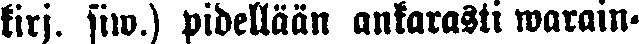
kirj. siw.) pidellään ankarasti warain-